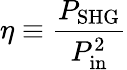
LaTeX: \eta\equiv\frac{P_{\mathrm{SHG}}}{P_{\mathrm{in}}^{2}}